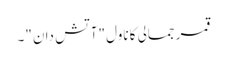
قمر جمالی کا ناول "آتش دان "۔